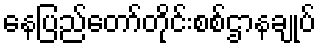
နေပြည်တော်တိုင်းစစ်ဌာနချုပ်